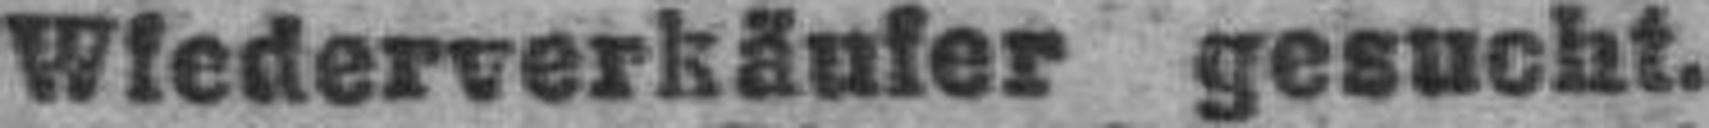
Wiederverkäufer gesucht.